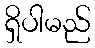
ရှိပါမည်